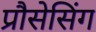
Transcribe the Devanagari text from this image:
प्रौसेसिंग